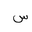
Letter: _sin